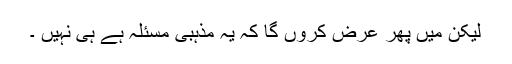
لیکن میں پھر عرض کروں گا کہ یہ مذہبی مسئلہ ہے ہی نہیں ۔